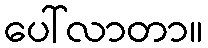
ပေါ်လာတာ။